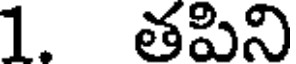
1. తపిని